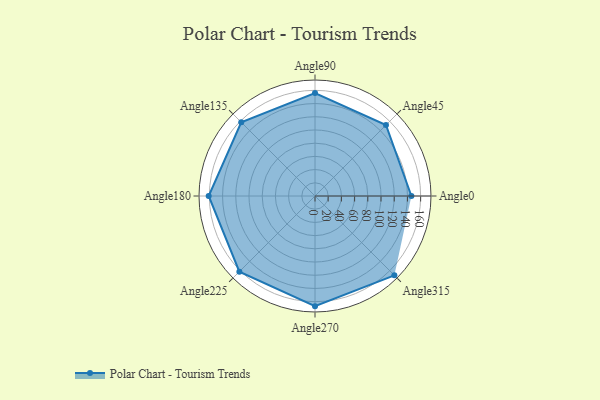
{"axis": {"x": "Angle", "y": "Radius"}, "legend": [""], "data": [{"x": "Angle0", "y": 146.0, "type": ""}, {"x": "Angle45", "y": 152.0, "type": ""}, {"x": "Angle90", "y": 156.0, "type": ""}, {"x": "Angle135", "y": 158.0, "type": ""}, {"x": "Angle180", "y": 161.0, "type": ""}, {"x": "Angle225", "y": 162.0, "type": ""}, {"x": "Angle270", "y": 167.0, "type": ""}, {"x": "Angle315", "y": 170, "type": ""}]}